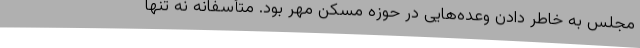
مجلس به خاطر دادن وعده‌هایی در حوزه مسکن مهر بود. متأسفانه نه تنها